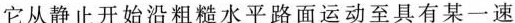
它从静止开始沿粗糙水平路面运动至具有某一速